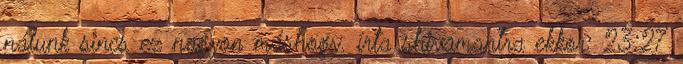
nálunk sincs ez nagyon máshogy. írta shivamantra ekkor: 23:27